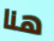
هنا